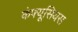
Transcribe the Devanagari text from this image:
कंफ्यूसियस